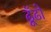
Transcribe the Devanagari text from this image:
ढूॅढो